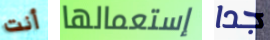
أنت إستعمالها جدا